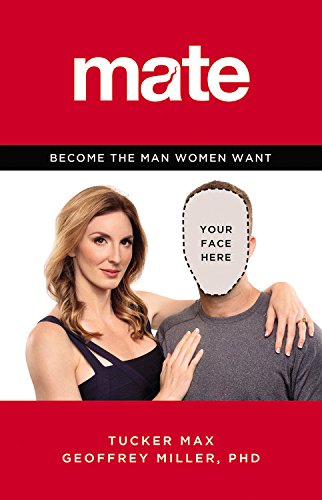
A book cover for Mate: Become the Man Women Want; Tucker Max; Self-Help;